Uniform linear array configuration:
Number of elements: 16
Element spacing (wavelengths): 1
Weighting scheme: blackman
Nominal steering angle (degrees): -15
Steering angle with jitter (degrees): -13.625
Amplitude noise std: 0.05
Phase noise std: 0.05

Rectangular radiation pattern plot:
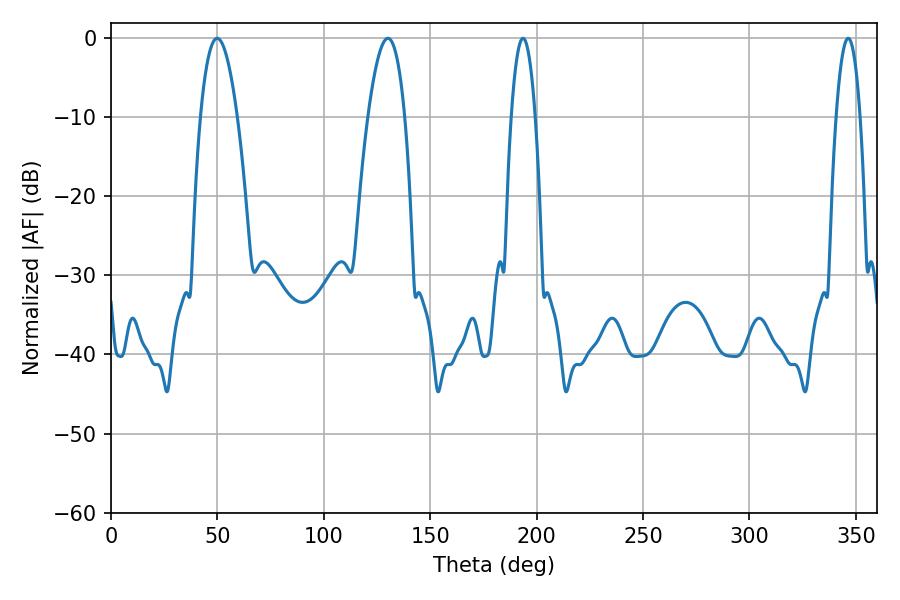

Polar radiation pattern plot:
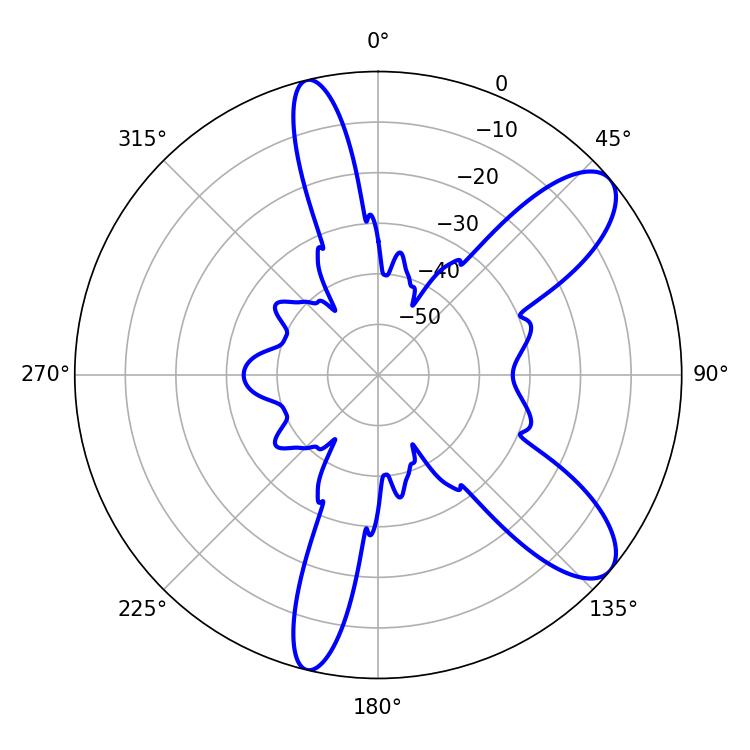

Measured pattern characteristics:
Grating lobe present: TRUE
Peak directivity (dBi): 9.588
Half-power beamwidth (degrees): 9.54
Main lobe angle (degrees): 49.86